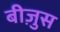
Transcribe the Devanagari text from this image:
बीज़ुस